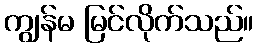
ကျွန်မ မြင်လိုက်သည်။